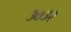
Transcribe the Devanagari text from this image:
३७३२